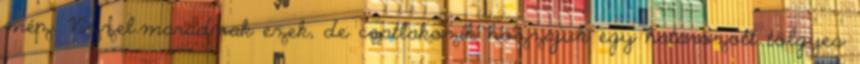
méz. Vízzel.maradnak ezek, de csatlakozik hozzájuk egy határozott tölgyes